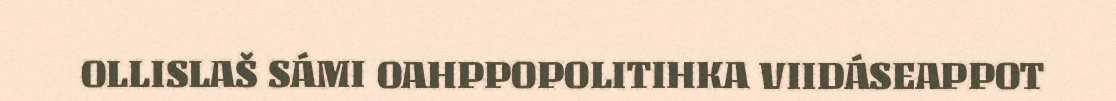
OLLISLAŠ SÁMI OAHPPOPOLITIHKA VIIDÁSEAPPOT